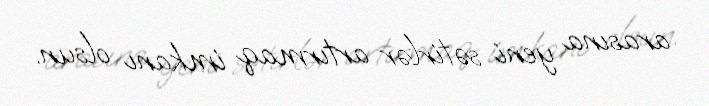
arasına yeni sətirlər artırmaq imkanı olsun.